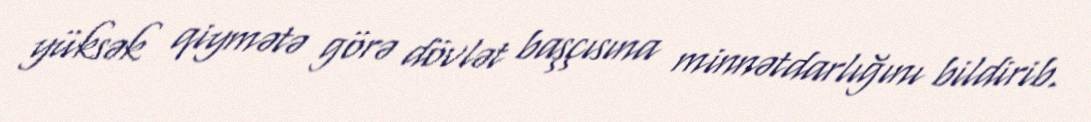
yüksək qiymətə görə dövlət başçısına minnətdarlığını bildirib.